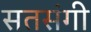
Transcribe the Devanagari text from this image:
सतसंगी